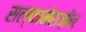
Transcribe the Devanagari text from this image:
सल्फामेराज़ीन